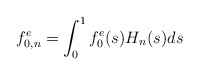
\begin{align*}f_{0, n}^{e} = \int_0^1f_{0}^{e}(s) H_n(s)ds\end{align*}